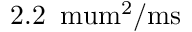
2 . 2 \, \mathrm { \ m u m ^ { 2 } / m s }